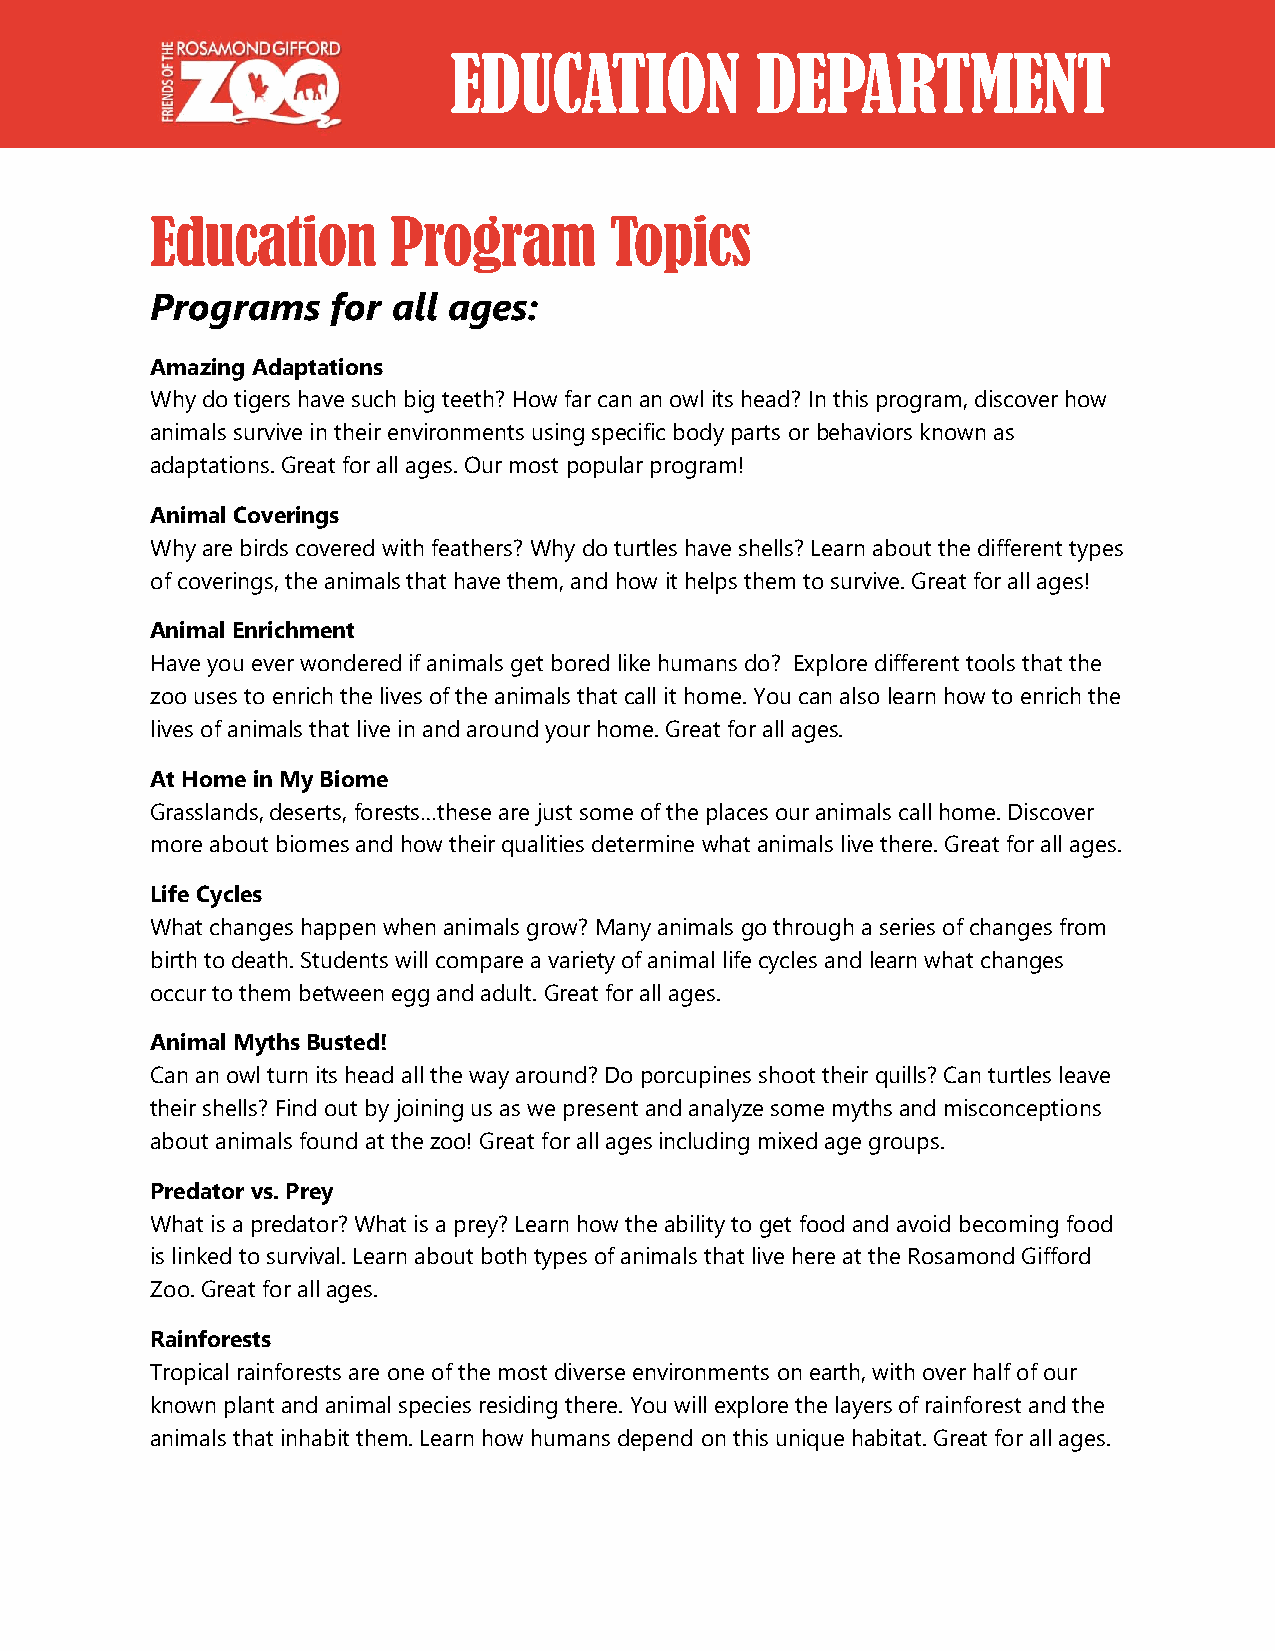
EDUCATION           DEPARTMENT
 Education       Program       Topics
 Programs    for all ages:
 Amazing Adaptations
 Why do tigers have such big teeth? How far can an owl its head? In this program, discover how
 animals survive in their environments using specific body parts or behaviors known as
 adaptations. Great for all ages. Our most popular program!
 Animal Coverings
 Why are birds covered with feathers? Why do turtles have shells? Learn about the different types
 of coverings, the animals that have them, and how it helps them to survive. Great for all ages!
 Animal Enrichment
 Have you ever wondered if animals get bored like humans do? Explore different tools that the
 zoo uses to enrich the lives of the animals that call it home. You can also learn how to enrich the
 lives of animals that live in and around your home. Great for all ages.
 At Home in My Biome
 Grasslands, deserts, forests…these are just some of the places our animals call home. Discover
 more about biomes and how their qualities determine what animals live there. Great for all ages.
 Life Cycles
 What changes happen when animals grow? Many animals go through a series of changes from
 birth to death. Students will compare a variety of animal life cycles and learn what changes
 occur to them between egg and adult. Great for all ages.
 Animal Myths Busted!
 Can an owl turn its head all the way around? Do porcupines shoot their quills? Can turtles leave
 their shells? Find out by joining us as we present and analyze some myths and misconceptions
 about animals found at the zoo! Great for all ages including mixed age groups.
 Predator vs. Prey
 What is a predator? What is a prey? Learn how the ability to get food and avoid becoming food
 is linked to survival. Learn about both types of animals that live here at the Rosamond Gifford
 Zoo. Great for all ages.
 Rainforests
 Tropical rainforests are one of the most diverse environments on earth, with over half of our
 known plant and animal species residing there. You will explore the layers of rainforest and the
 animals that inhabit them. Learn how humans depend on this unique habitat. Great for all ages.